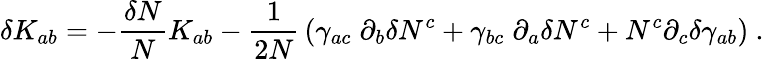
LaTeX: \delta K_{ab}=-{\frac{\delta N}{N}}K_{ab}-{\frac{1}{2N}}\left(\gamma_{ac}\; \partial_{b}\delta N^{c}+\gamma_{bc}\; \partial_{a}\delta N^{c}+N^{c}\partial_{c}\delta\gamma_{ab}\right)\ .